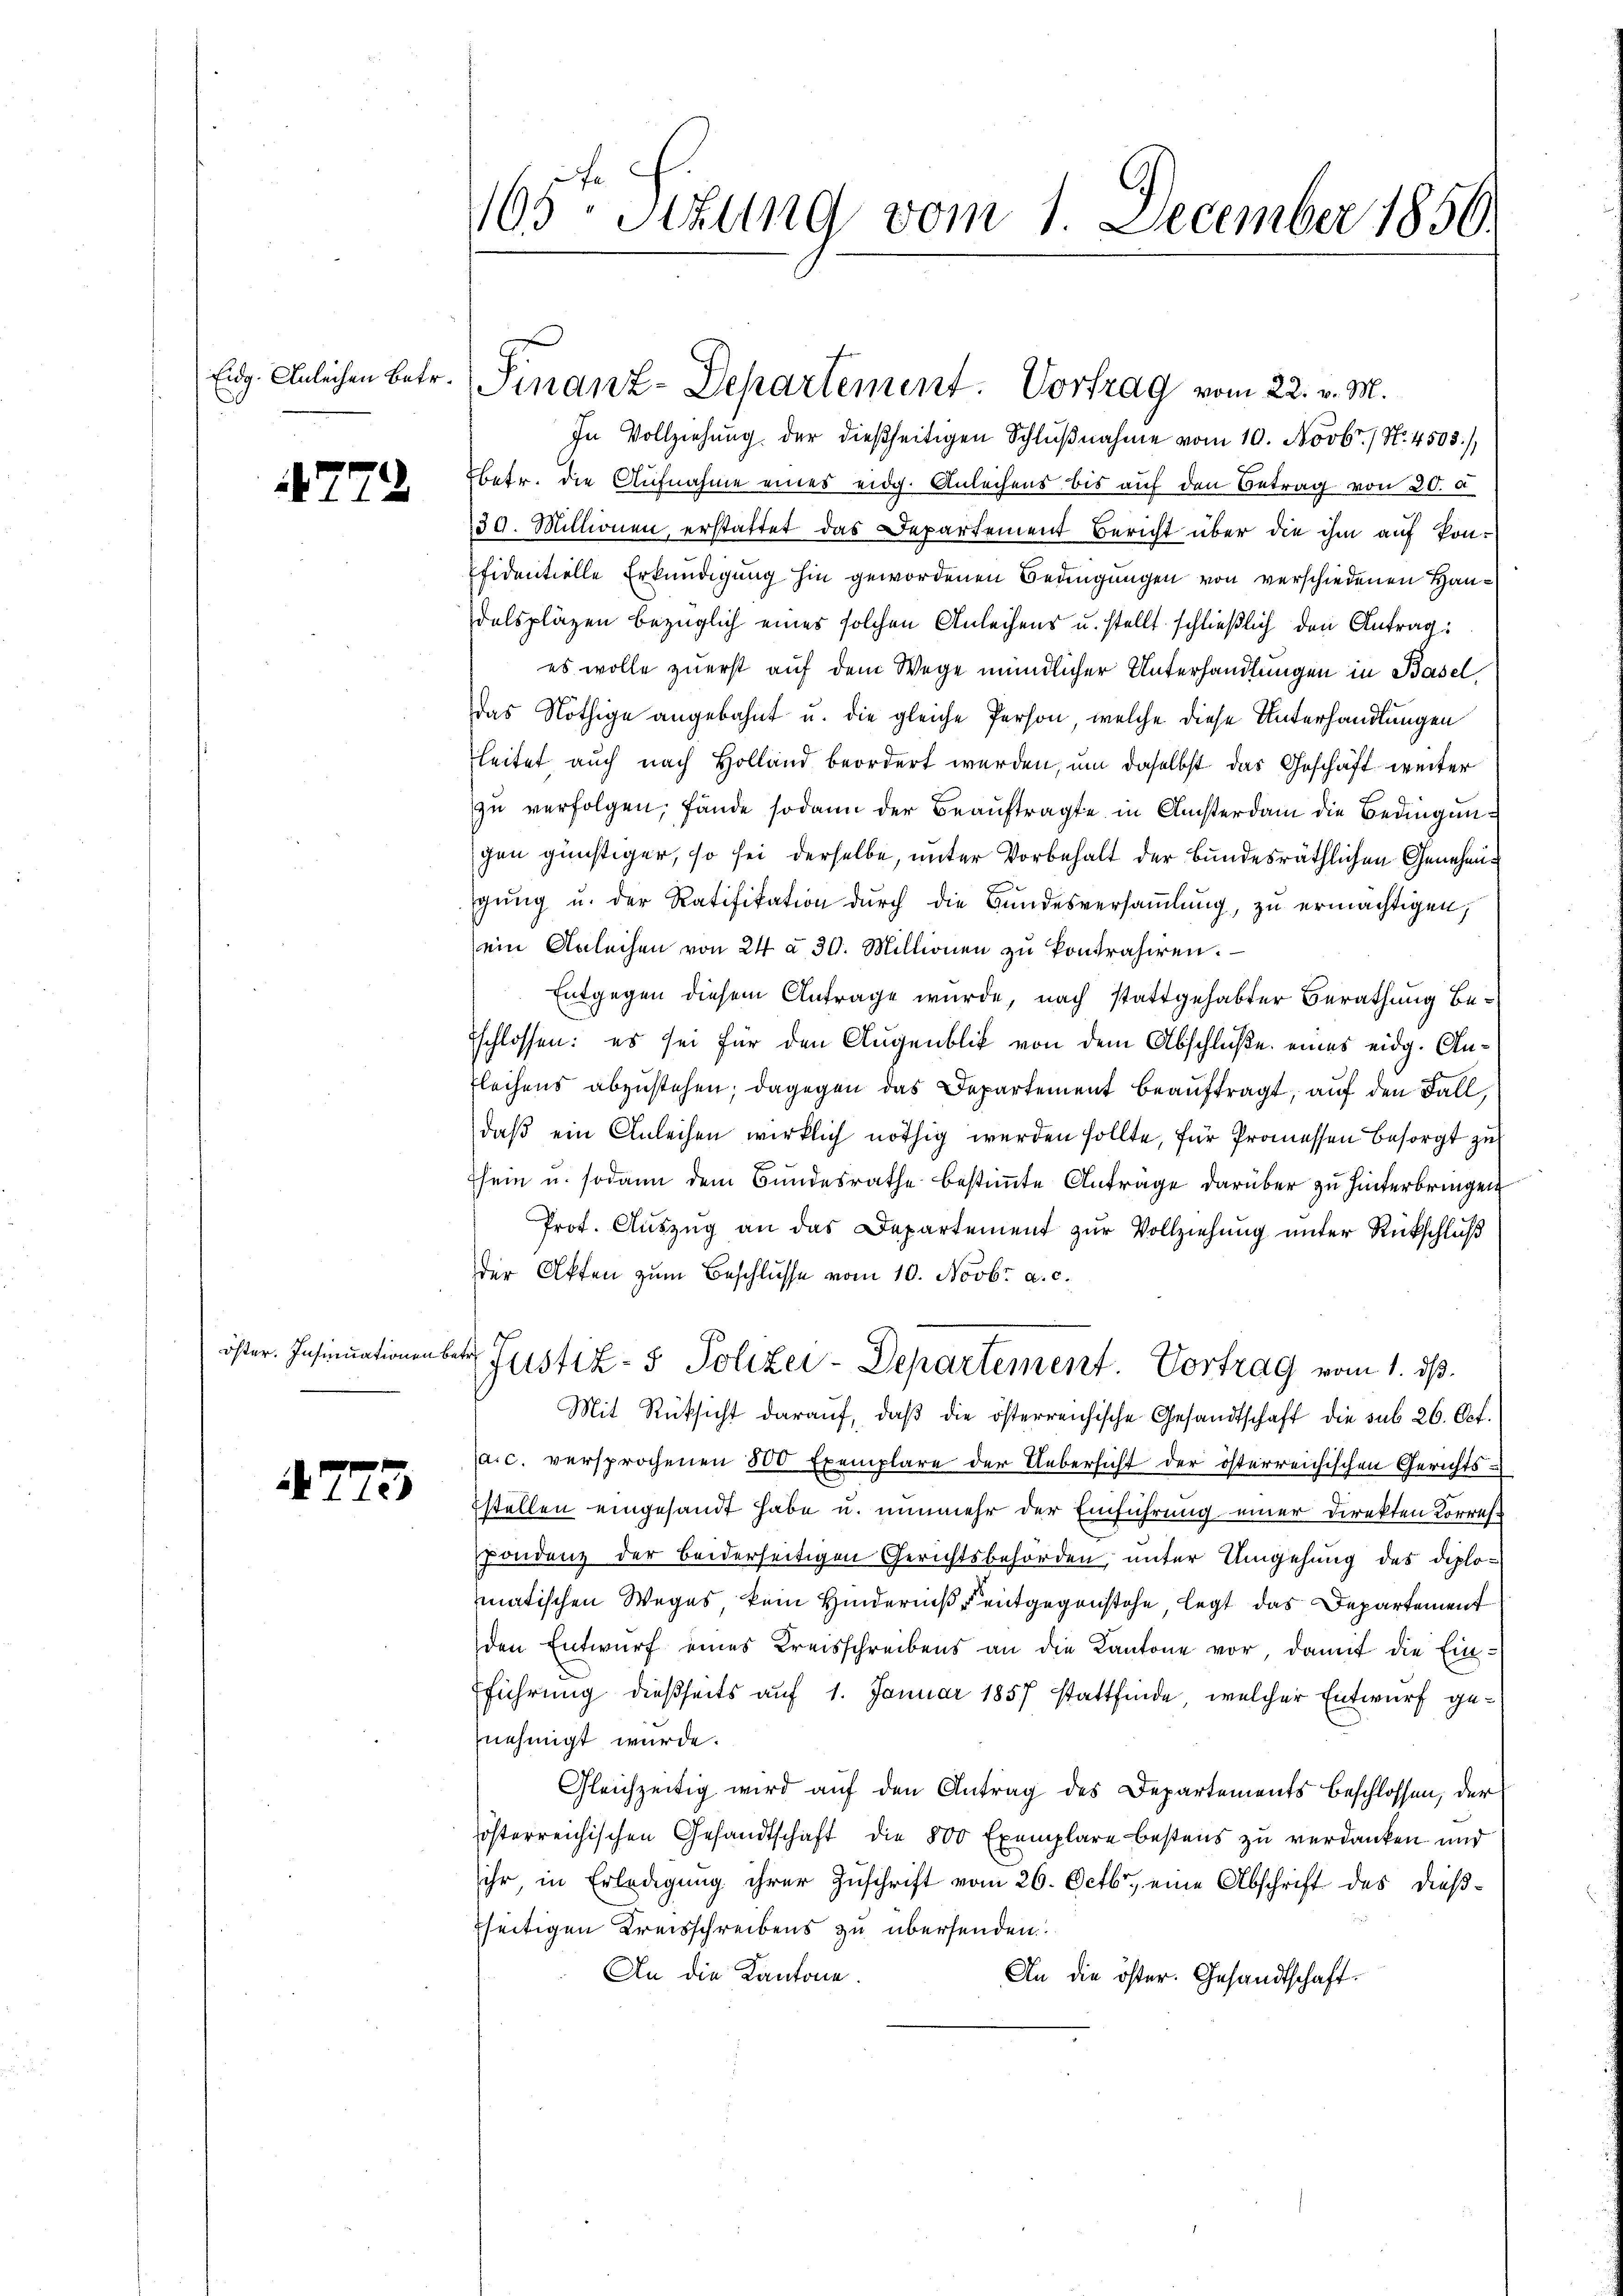
4772

A775

In Vollziehung der dießseitigen Schlŭβnahme vom 10. Novbr. / N. 4503),
betr. die Aufnahme eines eidg. Anleihens bis auf den Betrag von 20. d
30. Millionen, erstattet das Departement Bericht über die ihm auf kon-
fidentielle Erkundigung hin gewordenen Bedingungen von verschiedenen Handelspläzen bezüglich eines solchen Anleihens u. stellt schließlich den Antrag:
es wolle zuerst auf dem Wege mündlicher Unterhandlungen in Basel
das Nöthige angebahnt u. die gleiche Person, welche diese Unterhandlungen
leitet auch nach Holland beordert werden, um daselbst das Geschäft weiter
zu verfolgen, fände sodann der Beauftragte in Ansterdam die Bedingungen günstiger, so sei derselbe, unter Vorbehalt der Bundesräthlichen Genehmig
gŭng u. der Ratifikation durch die Bundesversaṁlŭng, zu ermächtigen,
ein Anleihen von 24 à 30. Millionen zŭ kontrahiren.
Entgegen diesem Antrage wurde, nach stattgehabter Berathung beschlossen: es sei für den Augenblick von dem Abschluße eines eidg. An¬
Flechens abzustehen; dagegen das Departement beauftragt, auf den Fall,
daβ ein Anleihen wirklich nöthig werden sollte, für Promessen besorgt zu
sein u. sodann dem Bundesrathe bestimmte Antrage darüber zu hinterbringen
Prot. Auszug an das Departement zur Vollziehung unter Rückschluß
der Akten zum Beschlusse vom 10. Novbr. a. c.
öster. Insinuationen betr Justiz- & Polizei-Departement. Vortrag vom 1. ds.
Mit Rüksicht darauf, daß die österreichische Gesandtschaft die sub 26. Okt.
(a.c. versprochenen 800 Exemplare der Uebersicht der österreichischen Gerichts-
stellen eingesandt habe u. nunmehr der Einführung einer Direkten Korrechpondenz der beiderseitigen Gerichtsbehörden, unter Umgehung des Diplomatischen Weges, kein Hinderniß entgegenstehe, legt das Departement
den Entwurf eines Kreisschreibens an die Kantone vor, damit die Ein-
Eführung dießseits auf 1. Januar 1857 stattfinde, welcher Entwurf genehmigt wurde.
Gleichzeitig wird auf den Antrag des Departements beschlossen, der
österreichischen Gesandtschaft die 800 Exemplare bestens zu verdanken und
ihr, in Erledigung ihrer Zuschrift vom 26. Octbr., eine Abschrift des dießfseitigen Kreisschreibens zu übersenden.
An die Kantone.
An die öster. Gesandtschaft.

165te Sitzung vom 1. December 1850.

Eidg. Ahnlichen betr. Finanz-Departement. Vortrag vom 22. v. M.